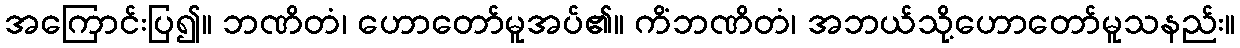
အကြောင်းပြ၍။ ဘဏိတံ၊ ဟောတော်မူအပ်၏။ ကိံဘဏိတံ၊ အဘယ်သို့ဟောတော်မူသနည်း။